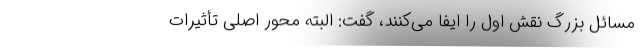
مسائل بزرگ نقش اول را ایفا می‌کنند، گفت: البته محور اصلی تأثیرات